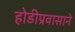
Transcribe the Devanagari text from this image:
होडीप्रवासाने